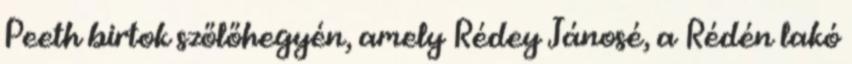
Peeth birtok szőlőhegyén, amely Rédey Jánosé, a Rédén lakó